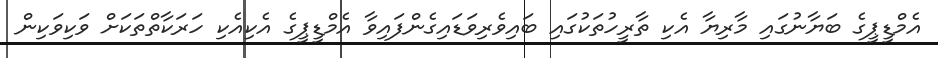
އެމްޑީޕީގެ ބަޔާނުގައި މާރިޔާ އެކި ތާރީހުތަކުގައި ބައިވެރިވަޑައިގެންފައިވާ އެމްޑީޕީގެ އެކިއެކި ހަރަކާތްތަކަށް ވަކިވަކިން